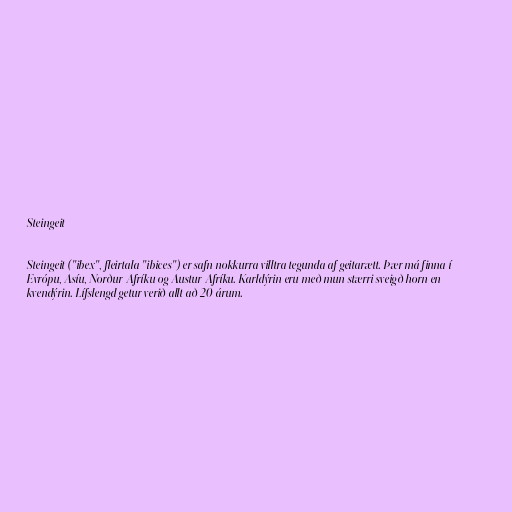
Steingeit

Steingeit ("ibex", fleirtala "ibices") er safn nokkurra villtra tegunda af geitarætt. Þær má finna í
Evrópu, Asíu, Norður-Afríku og Austur-Afríku. Karldýrin eru með mun stærri sveigð horn en
kvendýrin. Lífslengd getur verið allt að 20 árum.